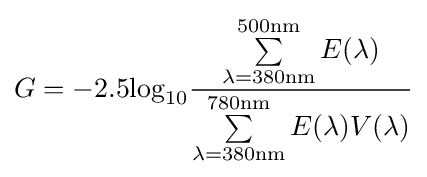
G=-2.5\mathrm {log} _{10}{\frac {\sum \limits _{\lambda =380\mathrm {nm} }^{500\mathrm {nm} }E(\lambda )}{\sum \limits _{\lambda =380\mathrm {nm} }^{780\mathrm {nm} }E(\lambda )V(\lambda )}}